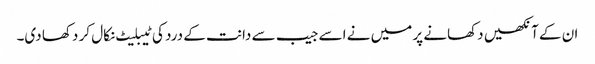
ان کے آنکھیں دکھانے پر میں نے اسے جیب سے دانت کے درد کی ٹیبلیٹ نکال کر دکھا دی۔